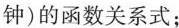
钟)的函数关系式；